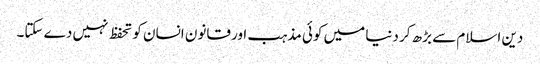
دین اسلام سے بڑھ کر دنیا میں کوئی مذہب اور قانون انسان کو تحفظ نہیں دے سکتا۔